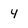
Character: 4